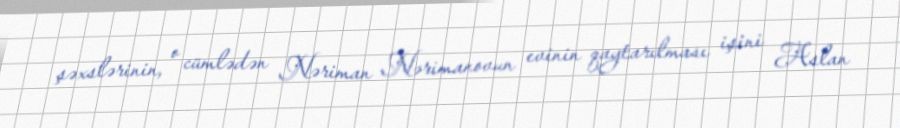
şəxslərinin, o cümlədən Nəriman Nərimanovun evinin qaytarılması işini Aslan